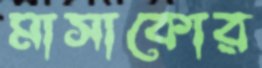
মাসাকোর